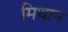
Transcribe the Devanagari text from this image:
मिथान